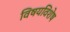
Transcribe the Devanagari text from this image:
विषयविशेष